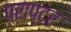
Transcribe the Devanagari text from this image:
प्राप्टर